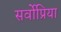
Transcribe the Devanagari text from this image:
सर्वोप्रिया